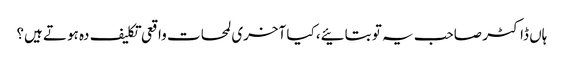
ہاں ڈاکٹر صاحب یہ تو بتائیے، کیا آخری لمحات واقعی تکلیف دہ ہوتے ہیں؟